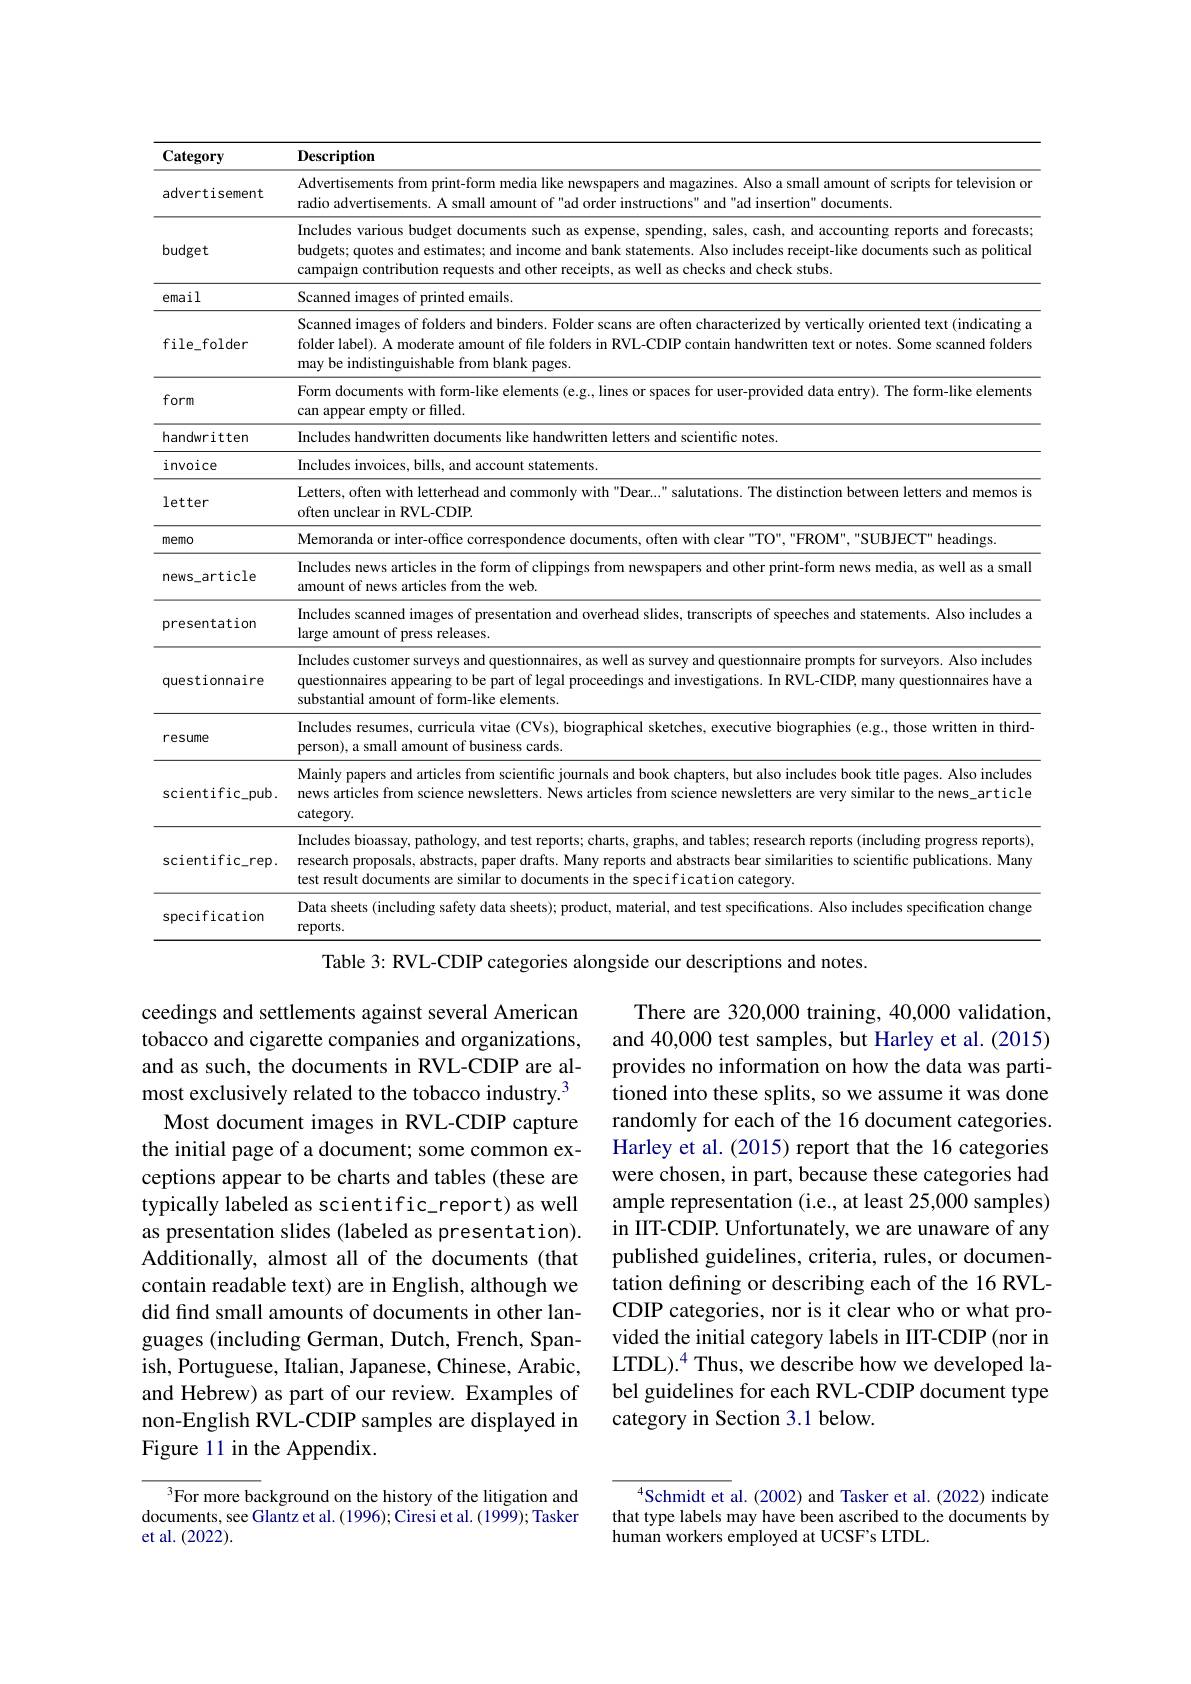
<table>
	<tbody>
		<tr>
			<th>$\mathbf{Category}$</th>
			<th>Description</th>
		</tr>
		<tr>
			<td>advertisement</td>
			<td>Advertisements from print-form 1 small amount of scripts for television or radio advertise</td>
		</tr>
		<tr>
			<td>budget</td>
			<td>Includes various budget documents such as expense, spending, sales, cash, and accounting reports and forecasts budgets; quotes and estimates; and income and bank statements. Also includes receipt-like documents such as political campaign contribution requests and other receipts, as well as checks and check stubs</td>
		</tr>
		<tr>
			<td>email</td>
			<td>Scanned images of printed emails.</td>
		</tr>
		<tr>
			<td>file_folder</td>
			<td>Scanned images of folders and binders. Folder scans are often characterized by vertically oriented text (indicating a folder label). A moderate amount of file folders in RVL-CDIP contain handwritten text or notes. Some scanned folders may be indistinguishable from blank pages.</td>
		</tr>
		<tr>
			<td>form</td>
			<td>Form documents with form-like elements (e.g., lines or spaces for user-provided data entry). The form-like elements can appear empty or filled.</td>
		</tr>
		<tr>
			<td>handwritten</td>
			<td>Includes handwritten documents like h lwritten letters and scientific notes</td>
		</tr>
		<tr>
			<td>invoice</td>
			<td>Includes invoices, bills, and account statements.</td>
		</tr>
		<tr>
			<td>letter</td>
			<td>Letters, often with letterhead and commonly with "Dear..." salutations. The distinction between letters and memos is often unclear in RVL-CDIP</td>
		</tr>
		<tr>
			<td>memo</td>
			<td>Memoranda or inter-of , " SUBJECT" headings</td>
		</tr>
		<tr>
			<td>news_article</td>
			<td>Includes news articles in print-form news media, as well as a small amount of new</td>
		</tr>
		<tr>
			<td>presentation</td>
			<td>Includes scanned images of presentation and overhead slides, transcripts of speeches and statements. Also includes a large amount of press releases.</td>
		</tr>
		<tr>
			<td>questionnaire</td>
			<td>Includes customer surveys and questionnaires, as well as survey and questionnaire prompts for surveyors. Also includes questionnaires appearing to be part of legal proceedings and investigations. In RVL-CIDP, many questionnaires have a substantial amount of form-like elements.</td>
		</tr>
		<tr>
			<td>resume</td>
			<td>Includes resumes, curricula vitae (CVs), biographical sketches, executive biographies (e.g., those written in third- person), a small amount of business cards.</td>
		</tr>
		<tr>
			<td>scientific_pub</td>
			<td>Mainly papers and articles from scientific journals and book chapters, but also includes book title pages. Also includes news articles from science newsletters. News articles from science newsletters are very similar to the news\_article $\operatorname{category}$</td>
		</tr>
		<tr>
			<td>scientific\_rep.</td>
			<td>Includes bioassay, pathology, and test reports; charts, graphs, and tables; research reports (including progress reports), research proposals, abstracts, paper drafts. Many reports and abstracts bear similarities to scientific publications. Many test result documents are similar to documents in the specification category.</td>
		</tr>
		<tr>
			<td>specification</td>
			<td>Data sheets (including safety data sheets); product, . Also includes specification change reports</td>
		</tr>
	</tbody>
</table>
Table 3: RVL-CDIP categories alongside our descriptions and notes.

There are 320,000 training, 40,000 validation, and 40,000 test samples, but Harley et al. (2015) provides no information on how the data was partitioned into these splits, so we assume it was done randomly for each of the 16 document categories. Harley et al. (2015) report that the 16 categories were chosen, in part, because these categories had ample representation (i.e., at least 25,000 samples) in IIT-CDIP. Unfortunately, we are unaware of any published guidelines, criteria, rules, or documentation defining or describing each of the 16 RVLCDIP categories, nor is it clear who or what provided the initial category labels in IIT-CDIP (nor in LTDL).$^4$ Thus, we describe how we developed label guidelines for each RVL-CDIP document type category in Section 3.1 below.

ceedings and settlements against several American tobacco and cigarette companies and organizations, and as such, the documents in RVL-CDIP are almost exclusively related to the tobacco industry.$^{3}$
Most document images in RVL-CDIP capture the initial page of a document; some common exceptions appear to be charts and tables (these are typically labeled as scientific\_report) as well as presentation slides (labeled as presentation). Additionally, almost all of the documents (that contain readable text) are in English, although we did find small amounts of documents in other languages (including German, Dutch, French, Spanish, Portuguese, Italian, Japanese, Chinese, Arabic, and Hebrew) as part of our review. Examples of non-English RVL-CDIP samples are displayed in Figure 11 in the Appendix.

$^{4}$Schmidt et al.(2002) and Tasker et al.(2022) indicate that type labels may have been ascribed to the documents by human workers employed at UCSF's LTDL.

$^3$For more background on the history of the litigation and documents, see Glantz et al. (1996); Ciresi et al. (1999); Tasker et al.(2022).